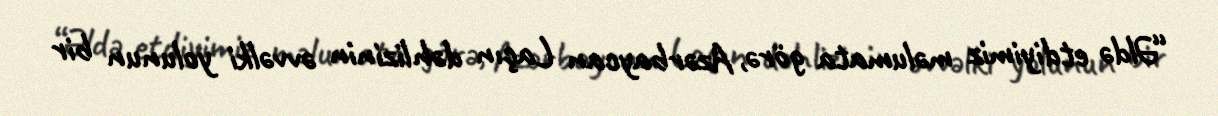
“Əldə etdiyimiz məlumata görə, Azərbaycan Laçın dəhlizinin əvvəlki yolunun bir